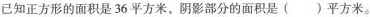
已知正方形的面积是36平方米，阴影部分的面积是( )平方米。